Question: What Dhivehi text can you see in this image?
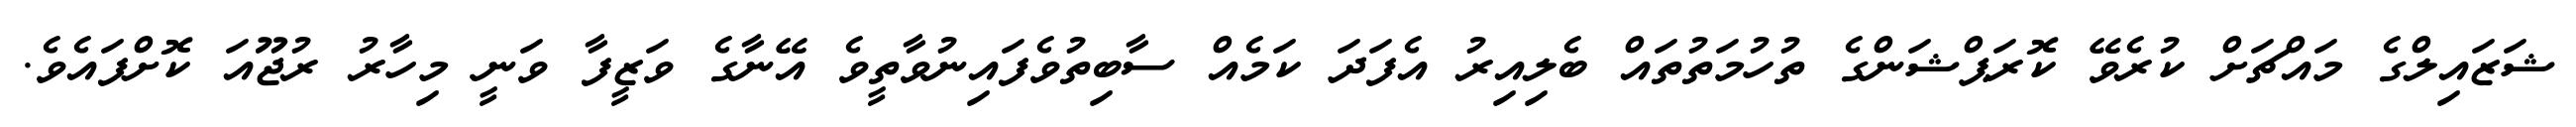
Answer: ޝަޒައިލްގެ މައްޗަށް ކުރެވޭ ކޮރަޕްޝަންގެ ތުހުމަތުތައް ބެލިއިރު އެފަދަ ކަމެއް ސާބިތުވެފައިނުވާތީވެ އޭނާގެ ވަޒީފާ ވަނީ މިހާރު ރުޖޫއަ ކޮށްފައެވެ.